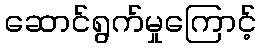
ဆောင်ရွက်မှုကြောင့်